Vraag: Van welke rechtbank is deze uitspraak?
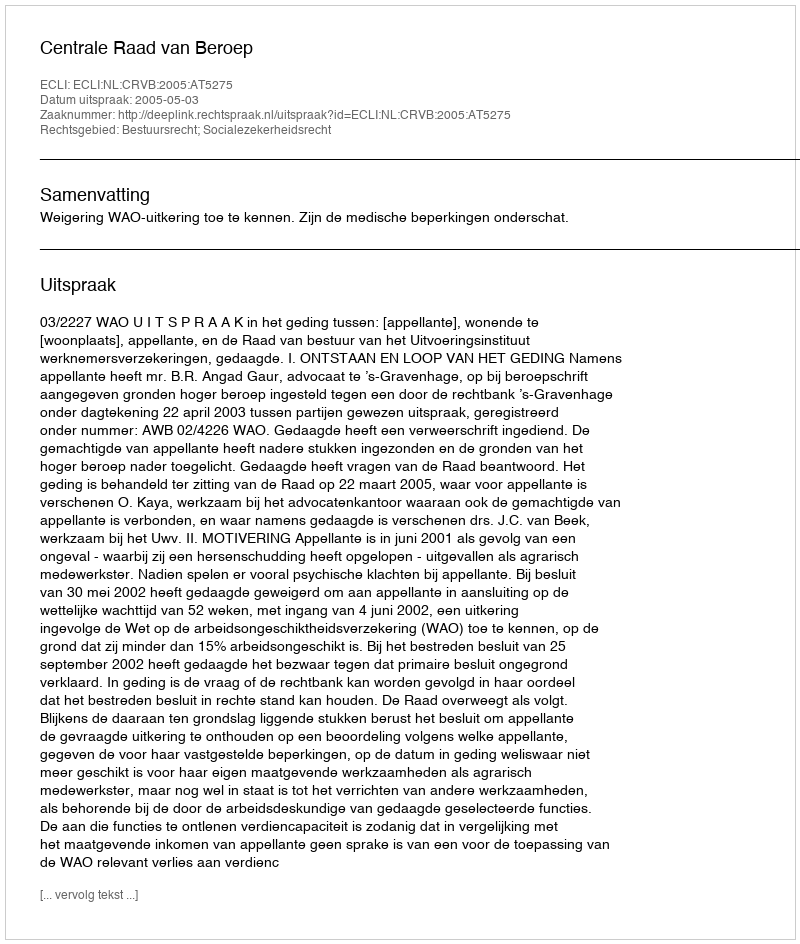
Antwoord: Centrale Raad van Beroep